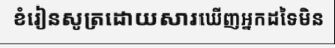
ខំរៀនសូត្រដោយសារឃើញអ្នកដទៃមិន